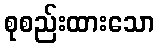
စုစည်းထားသော